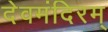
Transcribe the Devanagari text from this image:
देवमंदिरम्